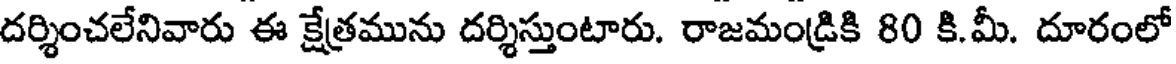
దర్శించలేనివారు ఈ క్షేత్రమును దర్శిస్తుంటారు. రాజమండ్రికి 80 కి.మీ. దూరంలో